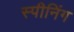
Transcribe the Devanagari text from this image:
स्पीनिंग